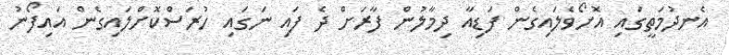
އެނދުމަތީގައި އޮށޯވެލައިގެން ފަޑިއާ ދިމާލުން ފާރަށް ދެ ފައި ނަގައި ހުރަސްކޮށްލައިގެން އައިފޯނު